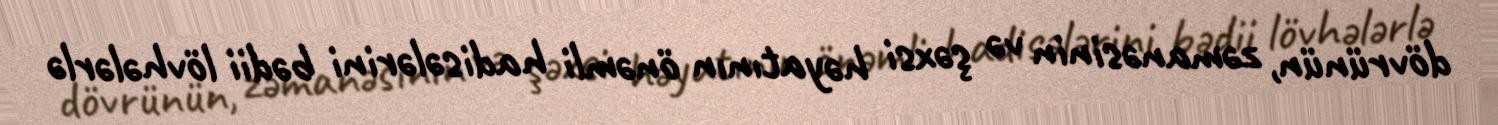
dövrünün, zəmanəsinin və şəxsi həyatının önəmli hadisələrini bədii lövhələrlə